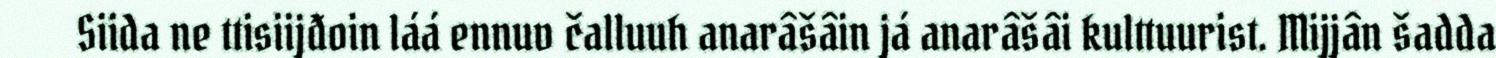
Siida ne ttisiijđoin láá ennuv čalluuh anarâšâin já anarâšâi kulttuurist. Mijjân šadda